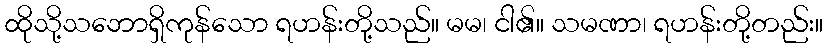
ထိုသို့သဘောရှိကုန်သော ရဟန်းတို့သည်။ မမ၊ ငါ၏။ သမဏာ၊ ရဟန်းတို့တည်း။